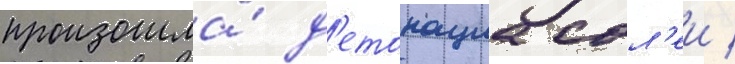
произошла́ д'етонациа сол'еи /